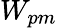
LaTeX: W_{pm}